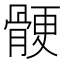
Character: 骾